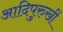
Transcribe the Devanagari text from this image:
आदिपुरुखीं